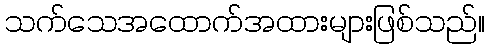
သက်သေအထောက်အထားများဖြစ်သည်။